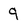
Character: 9